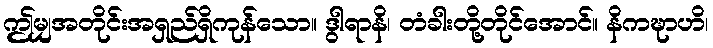
ဤမျှအတိုင်းအရှည်ရှိကုန်သော။ ဒွါရာနိ၊ တံခါးတို့တိုင်အောင်။ နိကဍ္ဎာဟိ၊